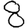
Digit: 8